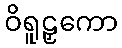
ဝိရူဠှကော